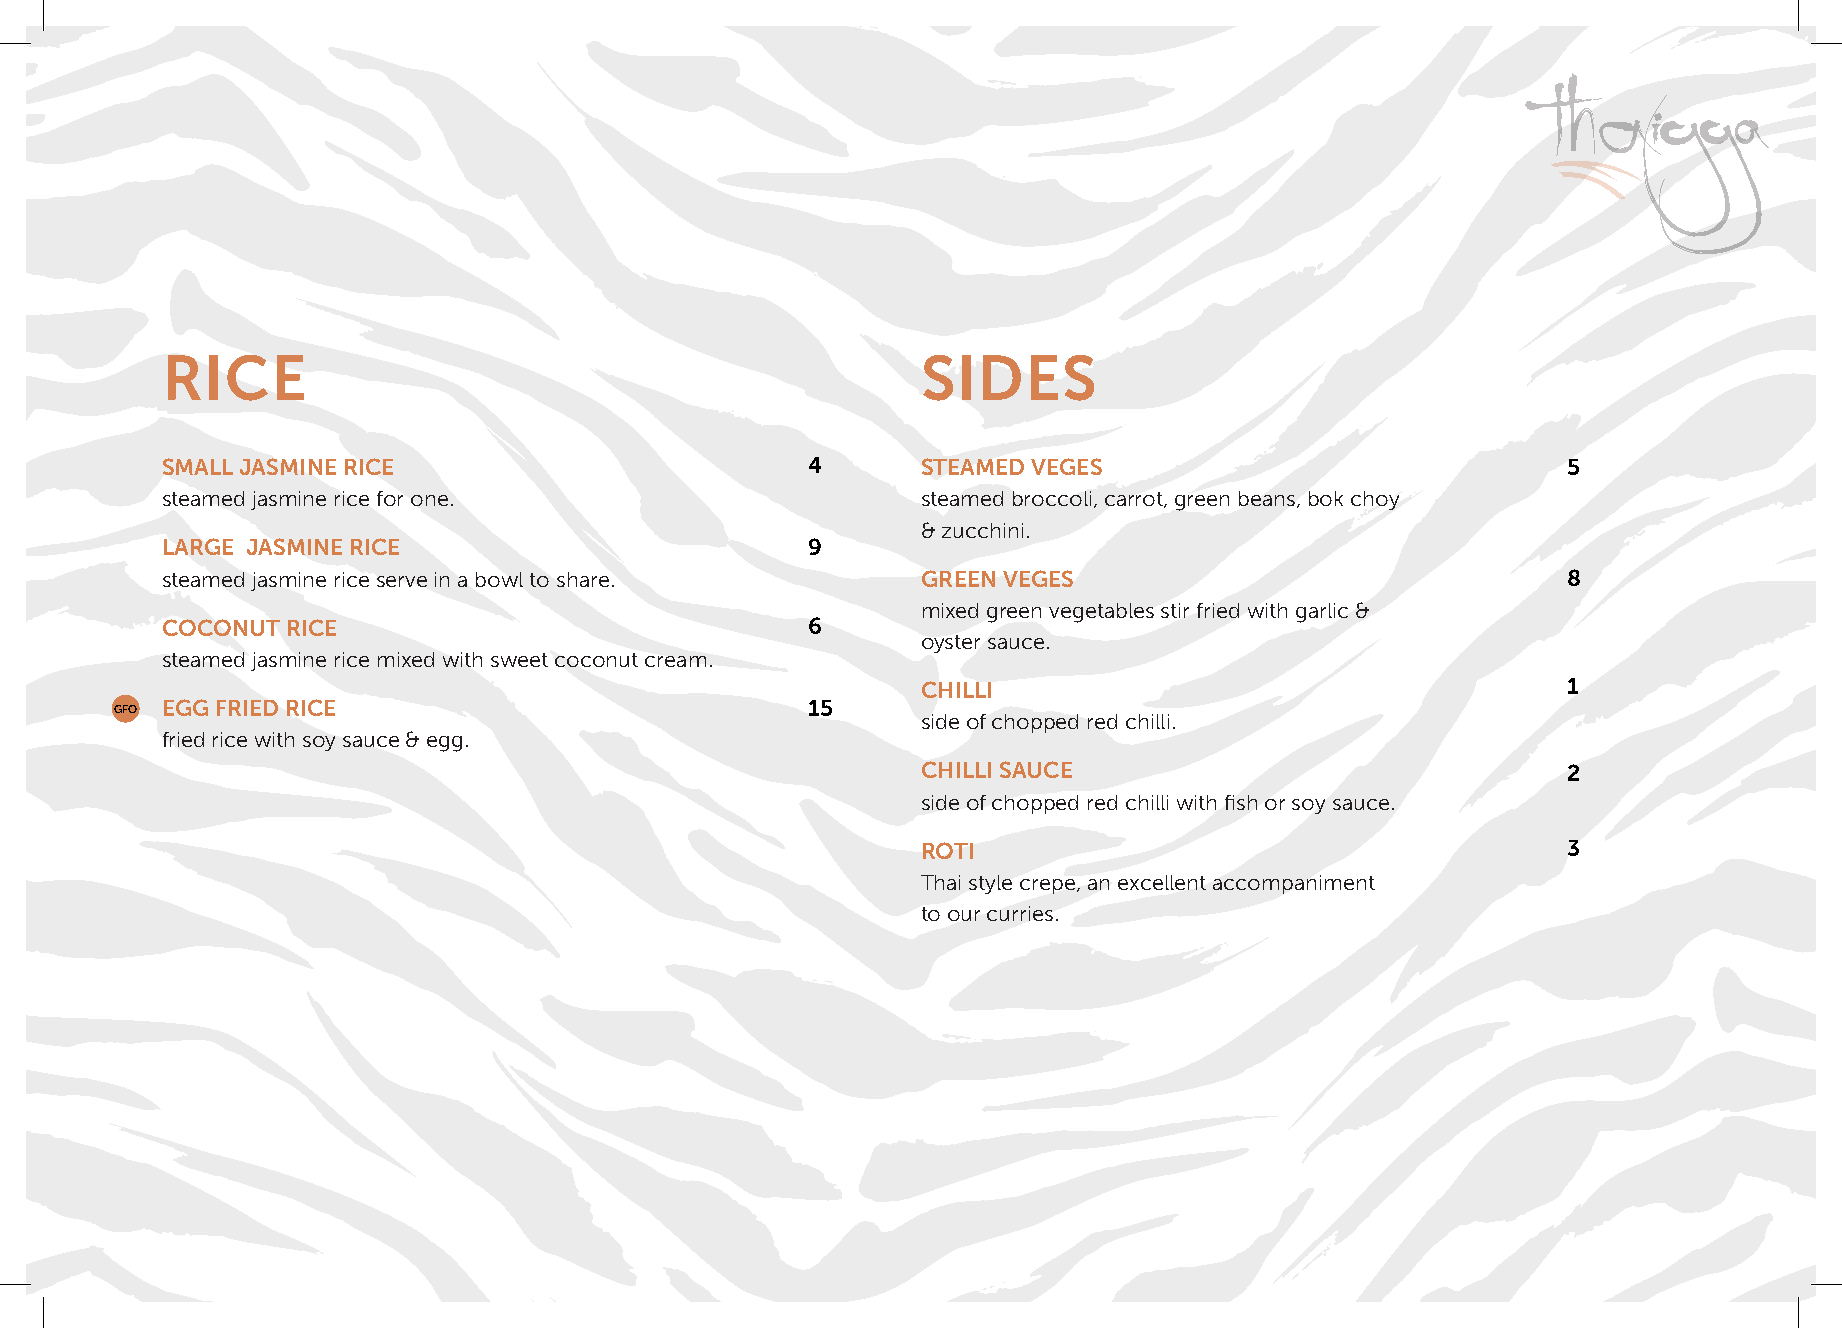
RICE                                              SIDES
 SMALL JASMINE RICE                        4       STEAMED VEGES                              5
 steamed jasmine rice for one.                     steamed broccoli, carrot, green beans, bok choy
 & zucchini.
 LARGE JASMINE RICE                        9
 steamed jasmine rice serve in a bowl to share.    GREEN VEGES                                8
 mixed green vegetables stir fried with garlic &
 COCONUT RICE                              6
 oyster sauce.
 steamed jasmine rice mixed with sweet coconut cream.
 CHILLI                                     1
 GFO
 EGG FRIED RICE                            15
 side of chopped red chilli.
 fried rice with soy sauce & egg.
 CHILLI SAUCE                               2
 side of chopped red chilli with fish or soy sauce.
 ROTI                                       3
 Thai style crepe, an excellent accompaniment
 to our curries.